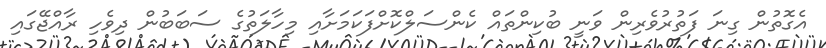
އެގޮތުން ގިނަ ފަތުރުވެރިން ވަނީ ބުކިންތައް ކެންސަލްކޮށްފަކަމަށާއި މިހާލަތުގެ ސަބަބުން ދިވެހި ރާއްޖޭގައި